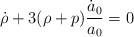
LaTeX: \begin{align*}\dot{\rho}+ 3(\rho+p) \frac{\dot{a}_{0}}{a_{0}}=0\end{align*}